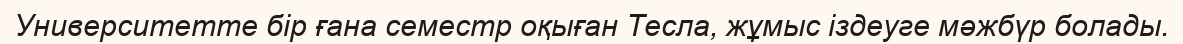
Университетте бір ғана семестр оқыған Тесла, жұмыс іздеуге мәжбүр болады.